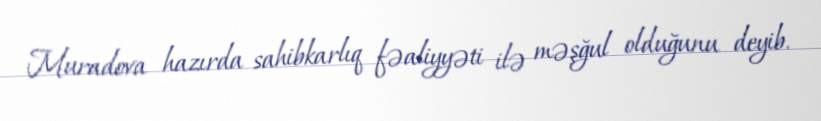
Muradova hazırda sahibkarlıq fəaliyyəti ilə məşğul olduğunu deyib.